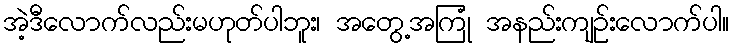
အဲ့ဒီလောက်လည်းမဟုတ်ပါဘူး၊ အတွေ့အကြုံ အနည်းကျဉ်းလောက်ပါ။